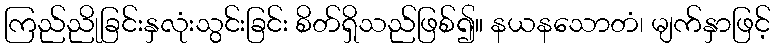
ကြည်ညိုခြင်းနှလုံးသွင်းခြင်း စိတ်ရှိသည်ဖြစ်၍။ နယနသောတံ၊ မျက်နှာဖြင့်